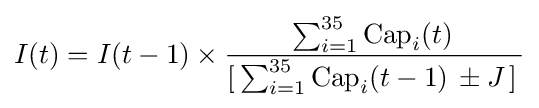
I(t)=I(t-1)\times {\frac {\sum _{i=1}^{35}{\rm {Cap}}_{i}(t)\,}{[\,\sum _{i=1}^{35}{\rm {Cap}}_{i}(t-1)\,\pm J\,]\,}}